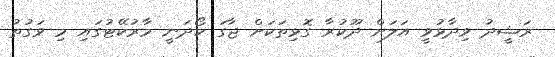
ރަޝީދު ވިދާޅުވީ އަލަށް ދޫކުރާ ގޮޅިތަކަށް ޖާގަ ހޯދަނީ މާރުކޭޓުގައި މި ވަގުތު